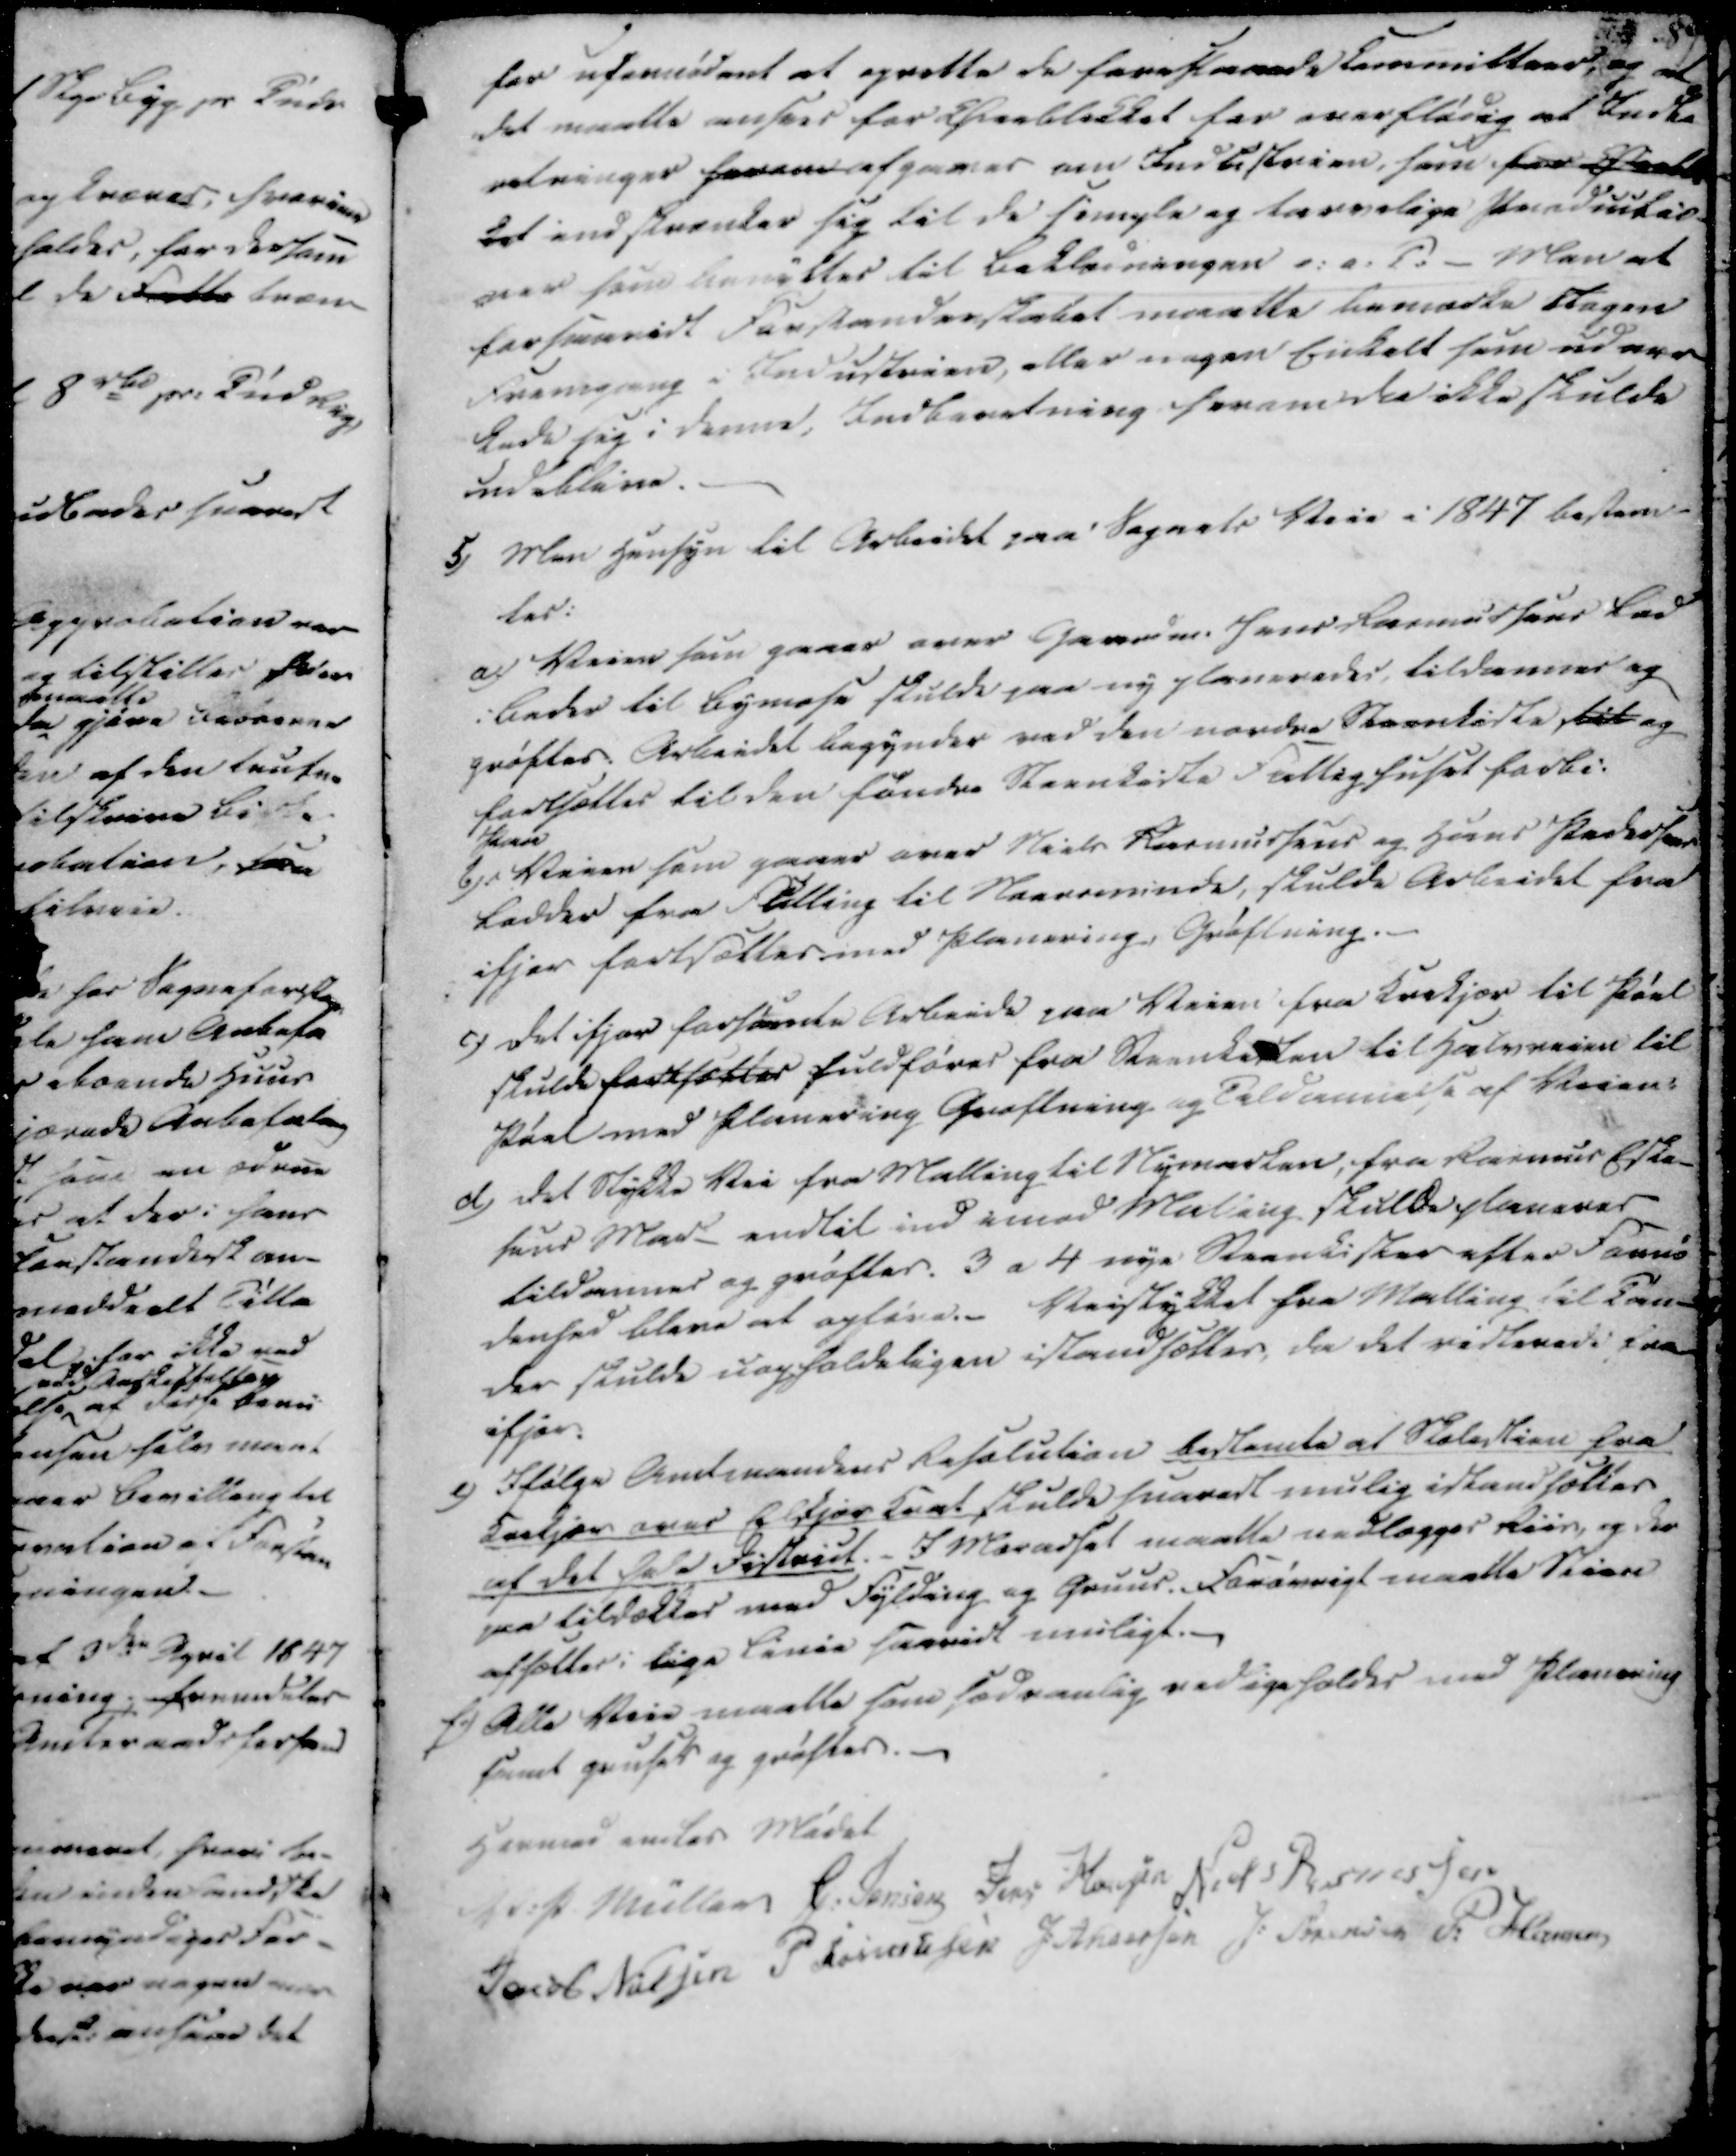
Transskription:
for ufornødent at oprette de foreslaaede Committeer, og at
det maatte ansees for Øieblikket for overflødig at Inske
retninger forenes afgaaes om Indbestrien, som for Øieblik
ket indskrænker sig til de simple og tarvelige Productio-
-ner som benyttes til Beklædningen s. a. T. - Men at
forsaavidt Forstanderskabet maatte bemærke Nogen
foranding Industrien, eller nogen Enkelt som udver
lade sig i denne, Indberetning herom Da ikke skulde
udeblive.

5)

Men Hensyn til Arbeidet paa Sognets Veie i 1847 bestem-
tes.

a) Veien som gaaer over Gaardm. Jens Rasmussens Lod
i Beder til Bymose skulde paa ny planeredes, tildæmmes og
grøftes. Arbeidet begyndes ved den nordre Steenkiste til og
fortsættes til den søndre Steenkiste Fattighuset forbi.

b) Veien som gaaer over Niels Rasmussens og Hans Pedersens
Lodder fra Fulling til Noersminde, skulde Arbeidet fra
ifjor fortsættes imed Planering, Grøftning.

c) Det ifjor forhørende Arbeide paa Veien fra Krekjær til Pøel
skulde fortsættes fuldføres fra Steenkisten til Halvveien til
Pøel med Planering Grøftning og Teldæmmelse af Veien.

d) Det stykke Vei fra Malling til Nymarken, fra Rasmus Eske-
sens Mark endtil ind imod Malling skulde planeres
tildæmmes og grøftes. 3 a 4 nye Steenkister efter Fornø
denhed bleve at opføre.- Veistykket fra Malling til Tøn-
der skulde uopholdeligen istandsættes, da det vidterede fra
ifjor.

e) Ifølge Amtmandens Resolution bestemte at Skolestien fra
Krekjær over Elkjært krat skulde snarest mulig istandsættes
af det hele District. - I Maradsel maatte nedlægges Riis, og der
paa tildækkes med Fylding og Gruus. Forøvrigt maatte Stien
afsættes i lige Linie saavidt muligt.
f.) Alle Veie maatte som sædvanlig vedligeholdes med Planering
samt gruses og grøftes.

Hermed endes Mødet
V. P. Müller
C. Jensen
Jens Hansen
Niels Rasmussen
Jacob Nielsen
P Rasmussen
J. Andersen
J. Sørensen
P. Hansen